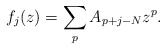
\begin{align*}f_j ( z) = \sum_p A_{p+j-N} z^p .\end{align*}